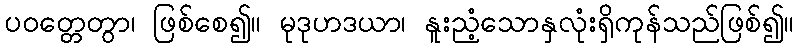
ပဝတ္တေတွာ၊ ဖြစ်စေ၍။ မုဒုဟဒယာ၊ နူးညံ့သောနှလုံးရှိကုန်သည်ဖြစ်၍။